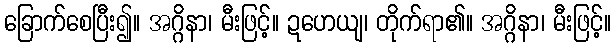
ခြောက်စေပြီး၍။ အဂ္ဂိနာ၊ မီးဖြင့်။ ဍဟေယျ၊ တိုက်ရာ၏။ အဂ္ဂိနာ၊ မီးဖြင့်။